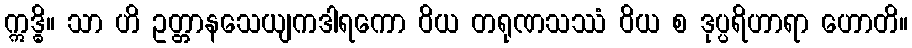
ဣဒ္ဓိ။ သာ ဟိ ဥတ္တာနသေယျကဒါရကော ဝိယ တရုဏသဿံ ဝိယ စ ဒုပ္ပရိဟာရာ ဟောတိ။